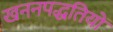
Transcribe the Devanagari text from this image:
खननपद्धतियों